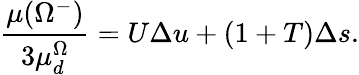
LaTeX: \frac{\mu(\Omega^{-})}{3\mu_{d}^{\Omega}}=U\Delta u+(1+T)\Delta s.